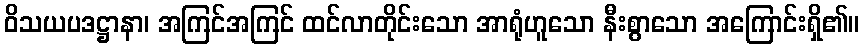
ဝိသယပဒဋ္ဌာနာ၊ အကြင်အကြင် ထင်လာတိုင်းသော အာရုံဟူသော နီးစွာသော အကြောင်းရှိ၏။